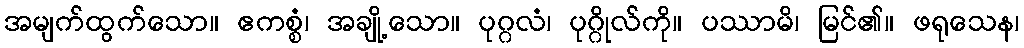
အမျက်ထွက်သော။ ဧကစ္စံ၊ အချို့သော။ ပုဂ္ဂလံ၊ ပုဂ္ဂိုလ်ကို။ ပဿာမိ၊ မြင်၏။ ဖရုသေန၊